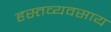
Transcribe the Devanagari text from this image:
हस्तव्यवसाय